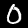
Digit: 0